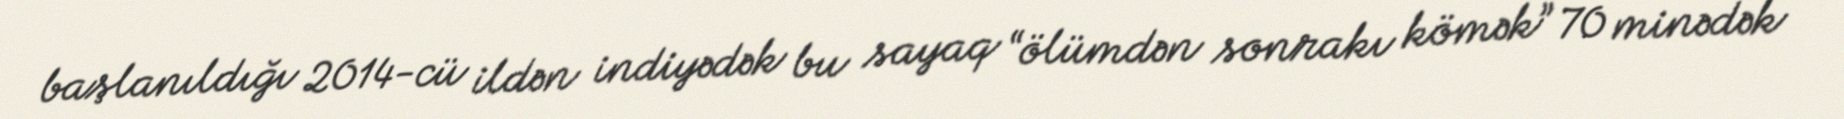
başlanıldığı 2014-cü ildən indiyədək bu sayaq “ölümdən sonrakı kömək” 70 minədək